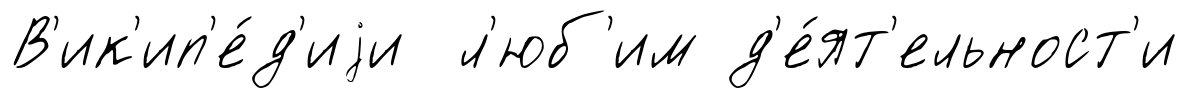
В'ик'ип'е́д'иjи л'юб'им д'е́ят'ельност'и